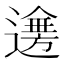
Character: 𨗤